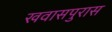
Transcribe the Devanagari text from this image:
खवासपुरास